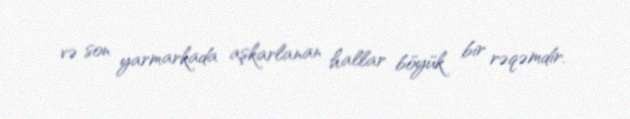
və son yarmarkada aşkarlanan hallar böyük bir rəqəmdir.